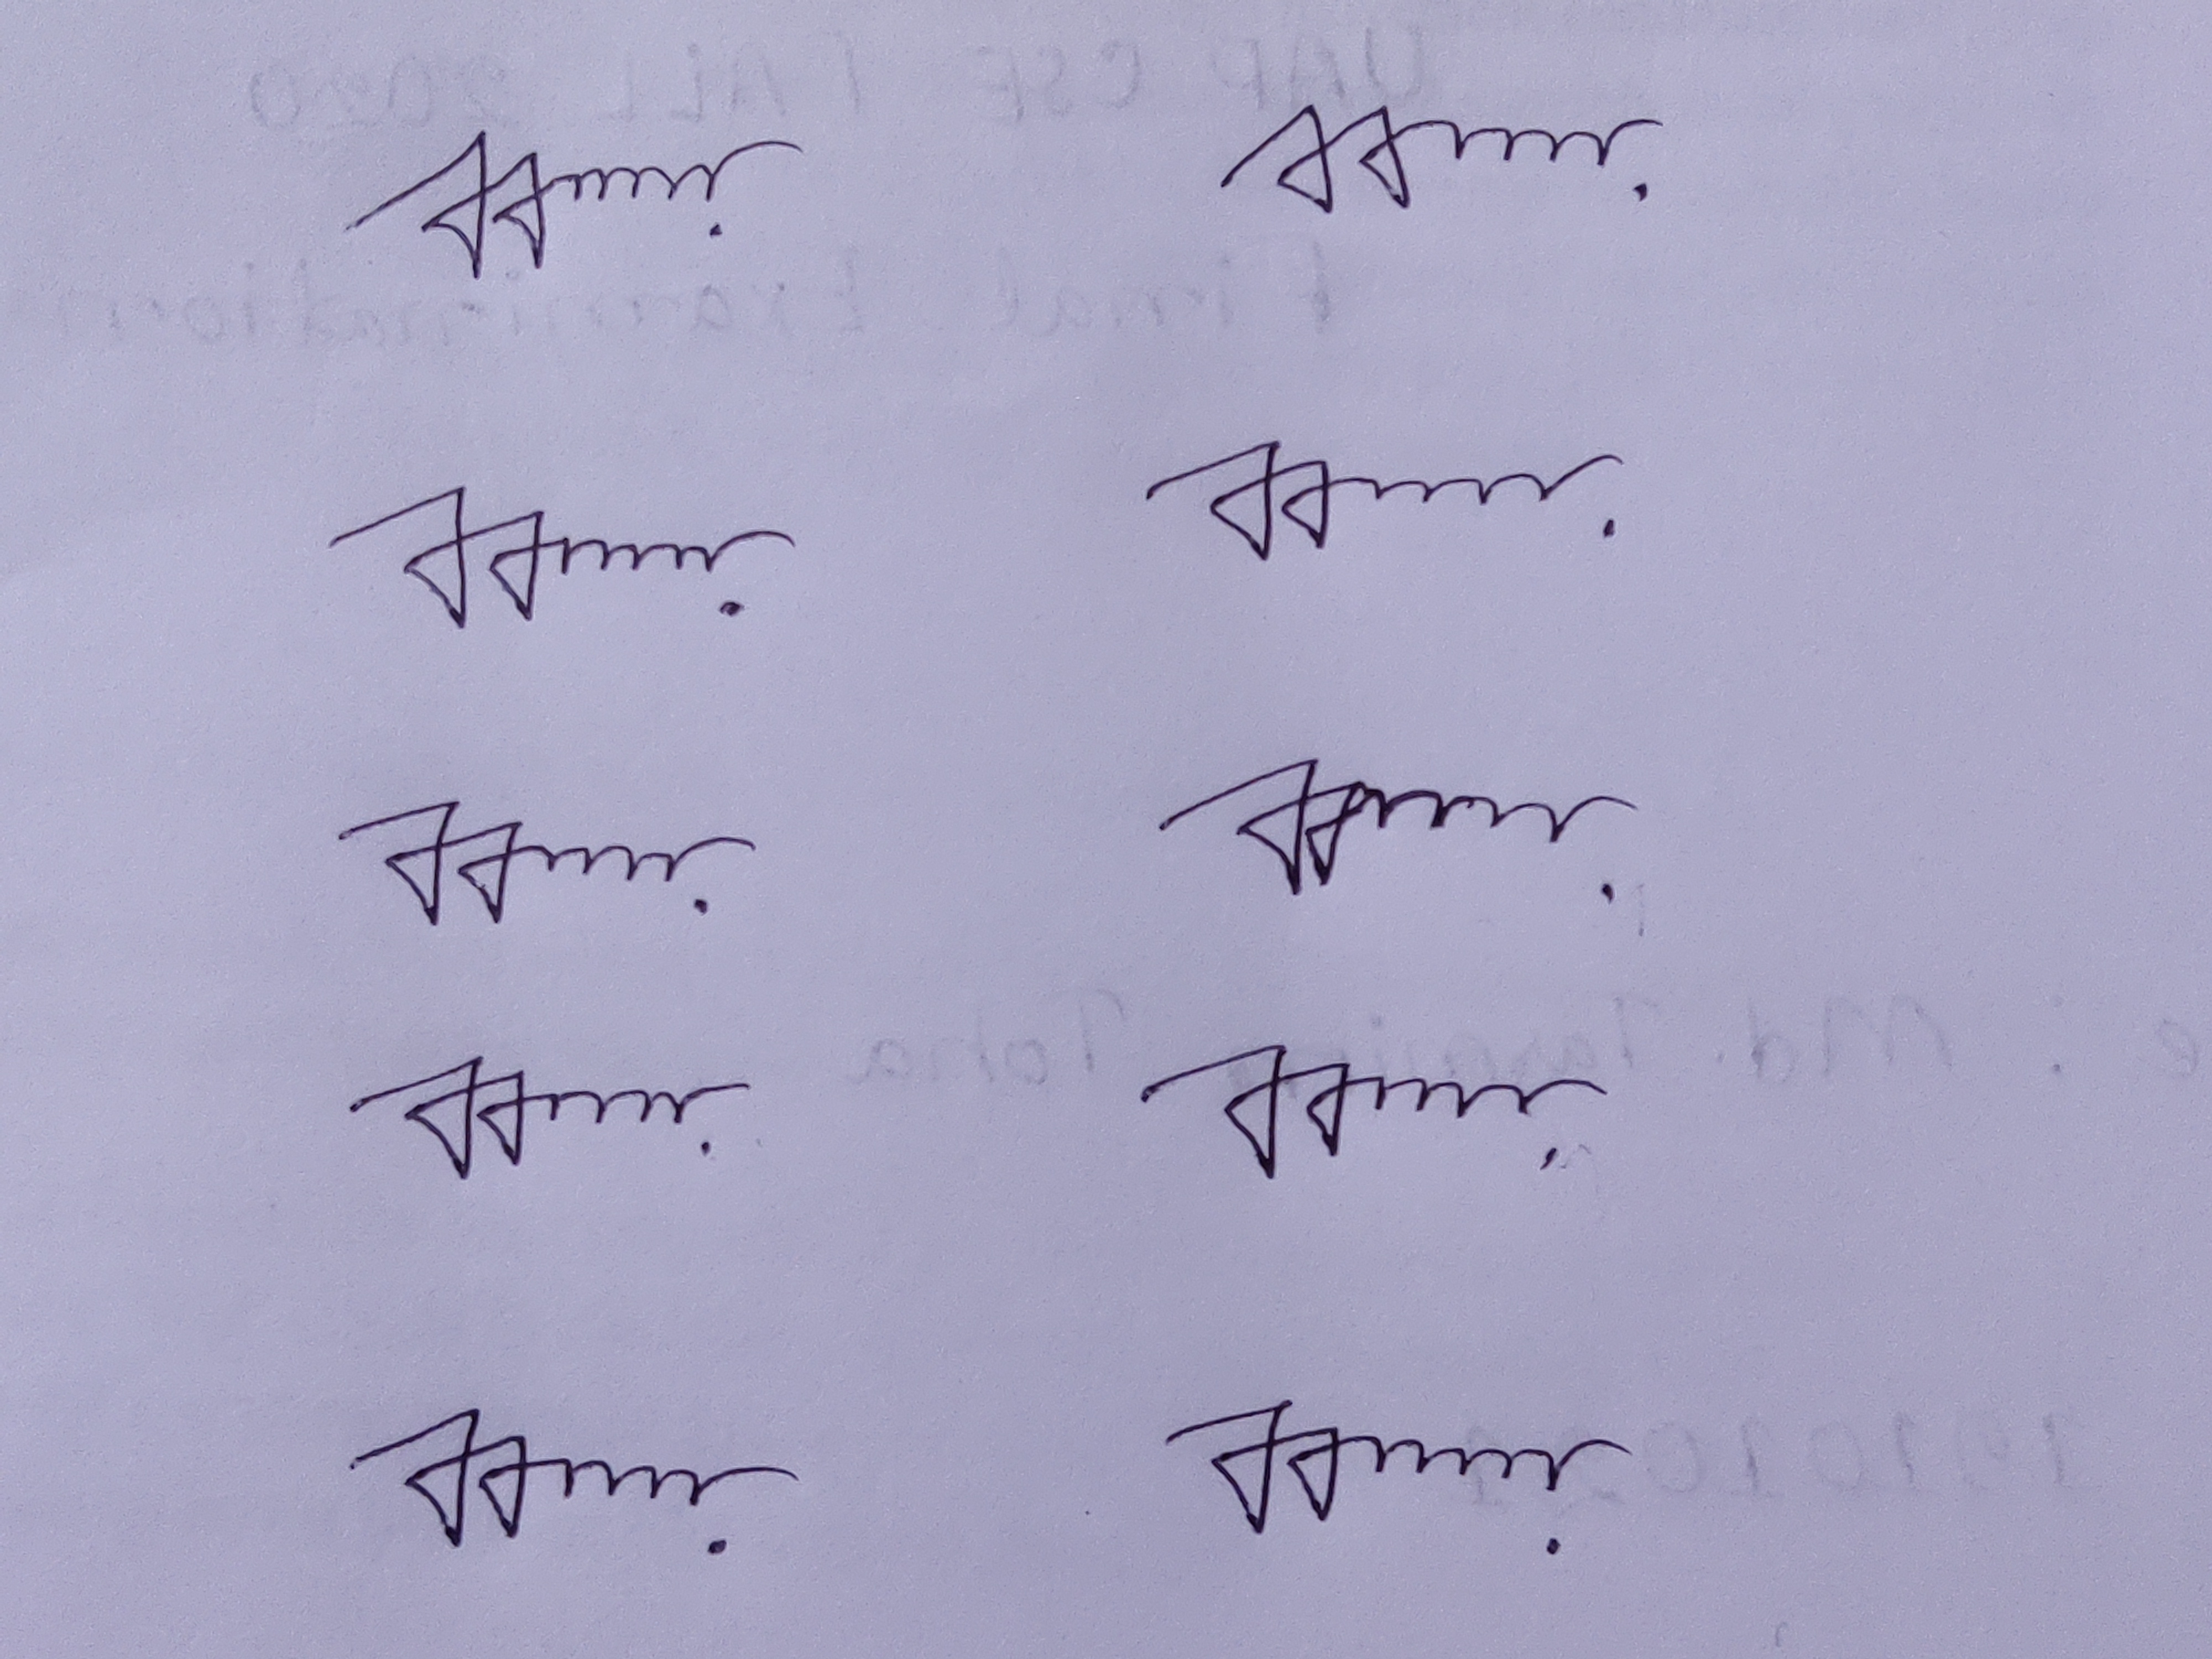
Signature authenticity: genuine